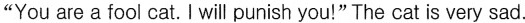
"You are a fool cat. I will punish you!"The cat is very sad.